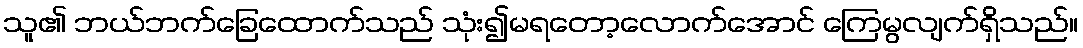
သူ၏ ဘယ်ဘက်ခြေထောက်သည် သုံး၍မရတော့လောက်အောင် ကြေမွလျက်ရှိသည်။